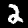
Label: 2